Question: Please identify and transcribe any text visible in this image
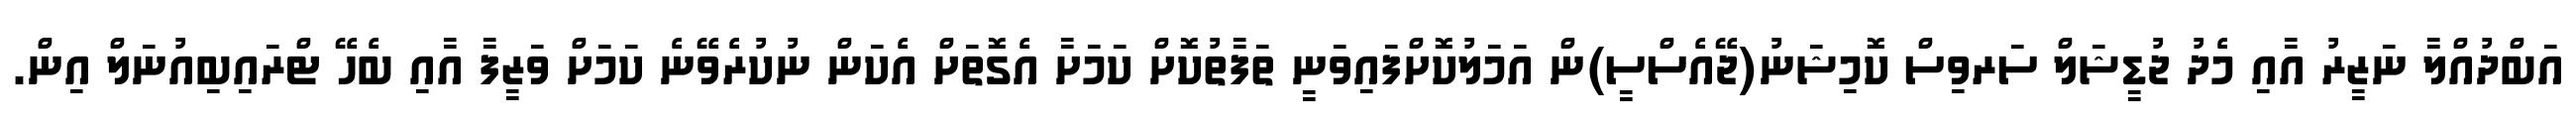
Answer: އަބްދުއްލާ ނަޒީރު އާއި މެދު ޖުޑީޝަލް ސަރވިސް ކޮމިޝަނު(ޖޭއެސްސީ)ން އަމަލުކޮށްފައިވަނީ ތަފާތުކޮށް ކަމަށާ އެގޮތަށް އެކަން ނުކުރެވޭނެ ކަމަށް ވަޒީފާ އާއި ބެހޭ ޓްރައިބިއުނަލް އިން.